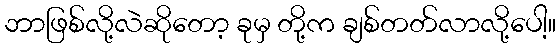
ဘာဖြစ်လို့လဲဆိုတော့ ခုမှ တို့က ချစ်တတ်လာလို့ပေါ့။